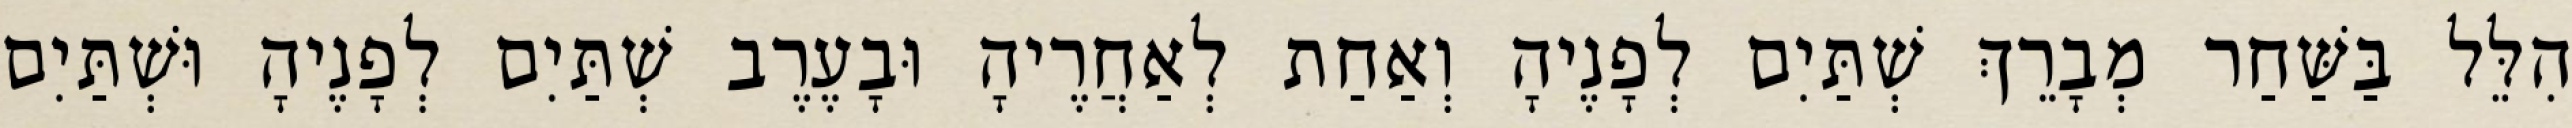
הִלֵּל בַּשַּׁחַר מְבָרֵךְ שְׁתַּיִם לְפָנֶיהָ וְאַחַת לְאַחֲרֶיהָ וּבָעֶרֶב שְׁתַּיִם לְפָנֶיהָ וּשְׁתַּיִם